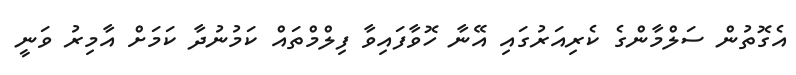
އެގޮތުން ސަލްމާންގެ ކެރިއަރުގައި އޭނާ ހޮވާފައިވާ ފިލްމްތައް ކަމުނުދާ ކަމަށް އާމިރު ވަނީ